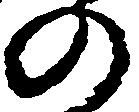
の